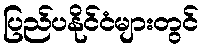
ပြည်ပနိုင်ငံများတွင်